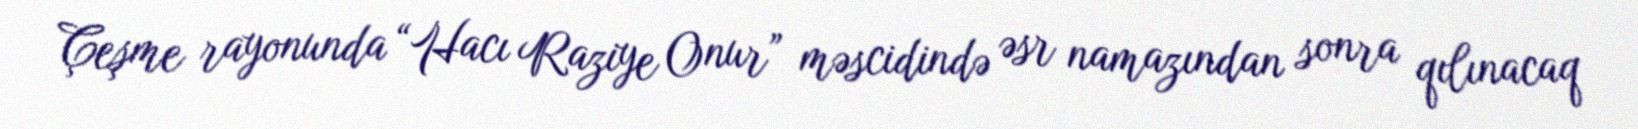
Çeşme rayonunda “Hacı Raziye Onur” məscidində əsr namazından sonra qılınacaq